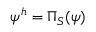
\psi ^ { h } = \Pi _ { S } ( \psi )